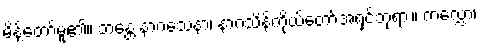
မိန့်တော်မူ၏။ ဘန္တေ နာဂသေနာ၊ နာဂသိန်ကိုယ်တော်အရှင်ဘုရား။ ကလ္လော၊